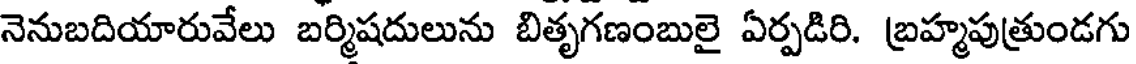
నెనుబదియారువేలు బర్మిషదులును బితృగణంబులై ఏర్పడిరి. బ్రహ్మపుత్రుండగు